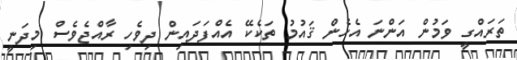
ތަރައްގީ ވަމުން އަންނަ އެހެން ޤައުމު ތަކެކޭ އެއްފަދައިން ދިވެހި ރާއްޖެވެސް މިދަނީ